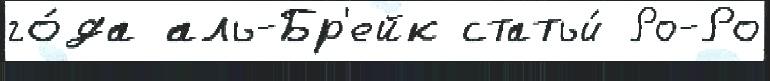
го́да аль-Бр'ейк статьи́ Ро-Ро